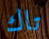
تاك